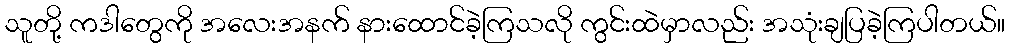
သူတို့ ကဒါတွေကို အလေးအနက် နားထောင်ခဲ့ကြသလို ကွင်းထဲမှာလည်း အသုံးချပြခဲ့ကြပါတယ်။